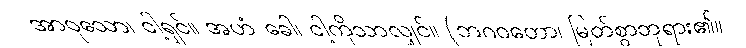
အာဝုသော၊ ငါ့ရှင်။ အဟံ ခေါ၊ ငါ့ကိုသာလျှင်။ (ဘဂဝတော၊ မြတ်စွာဘုရား၏။